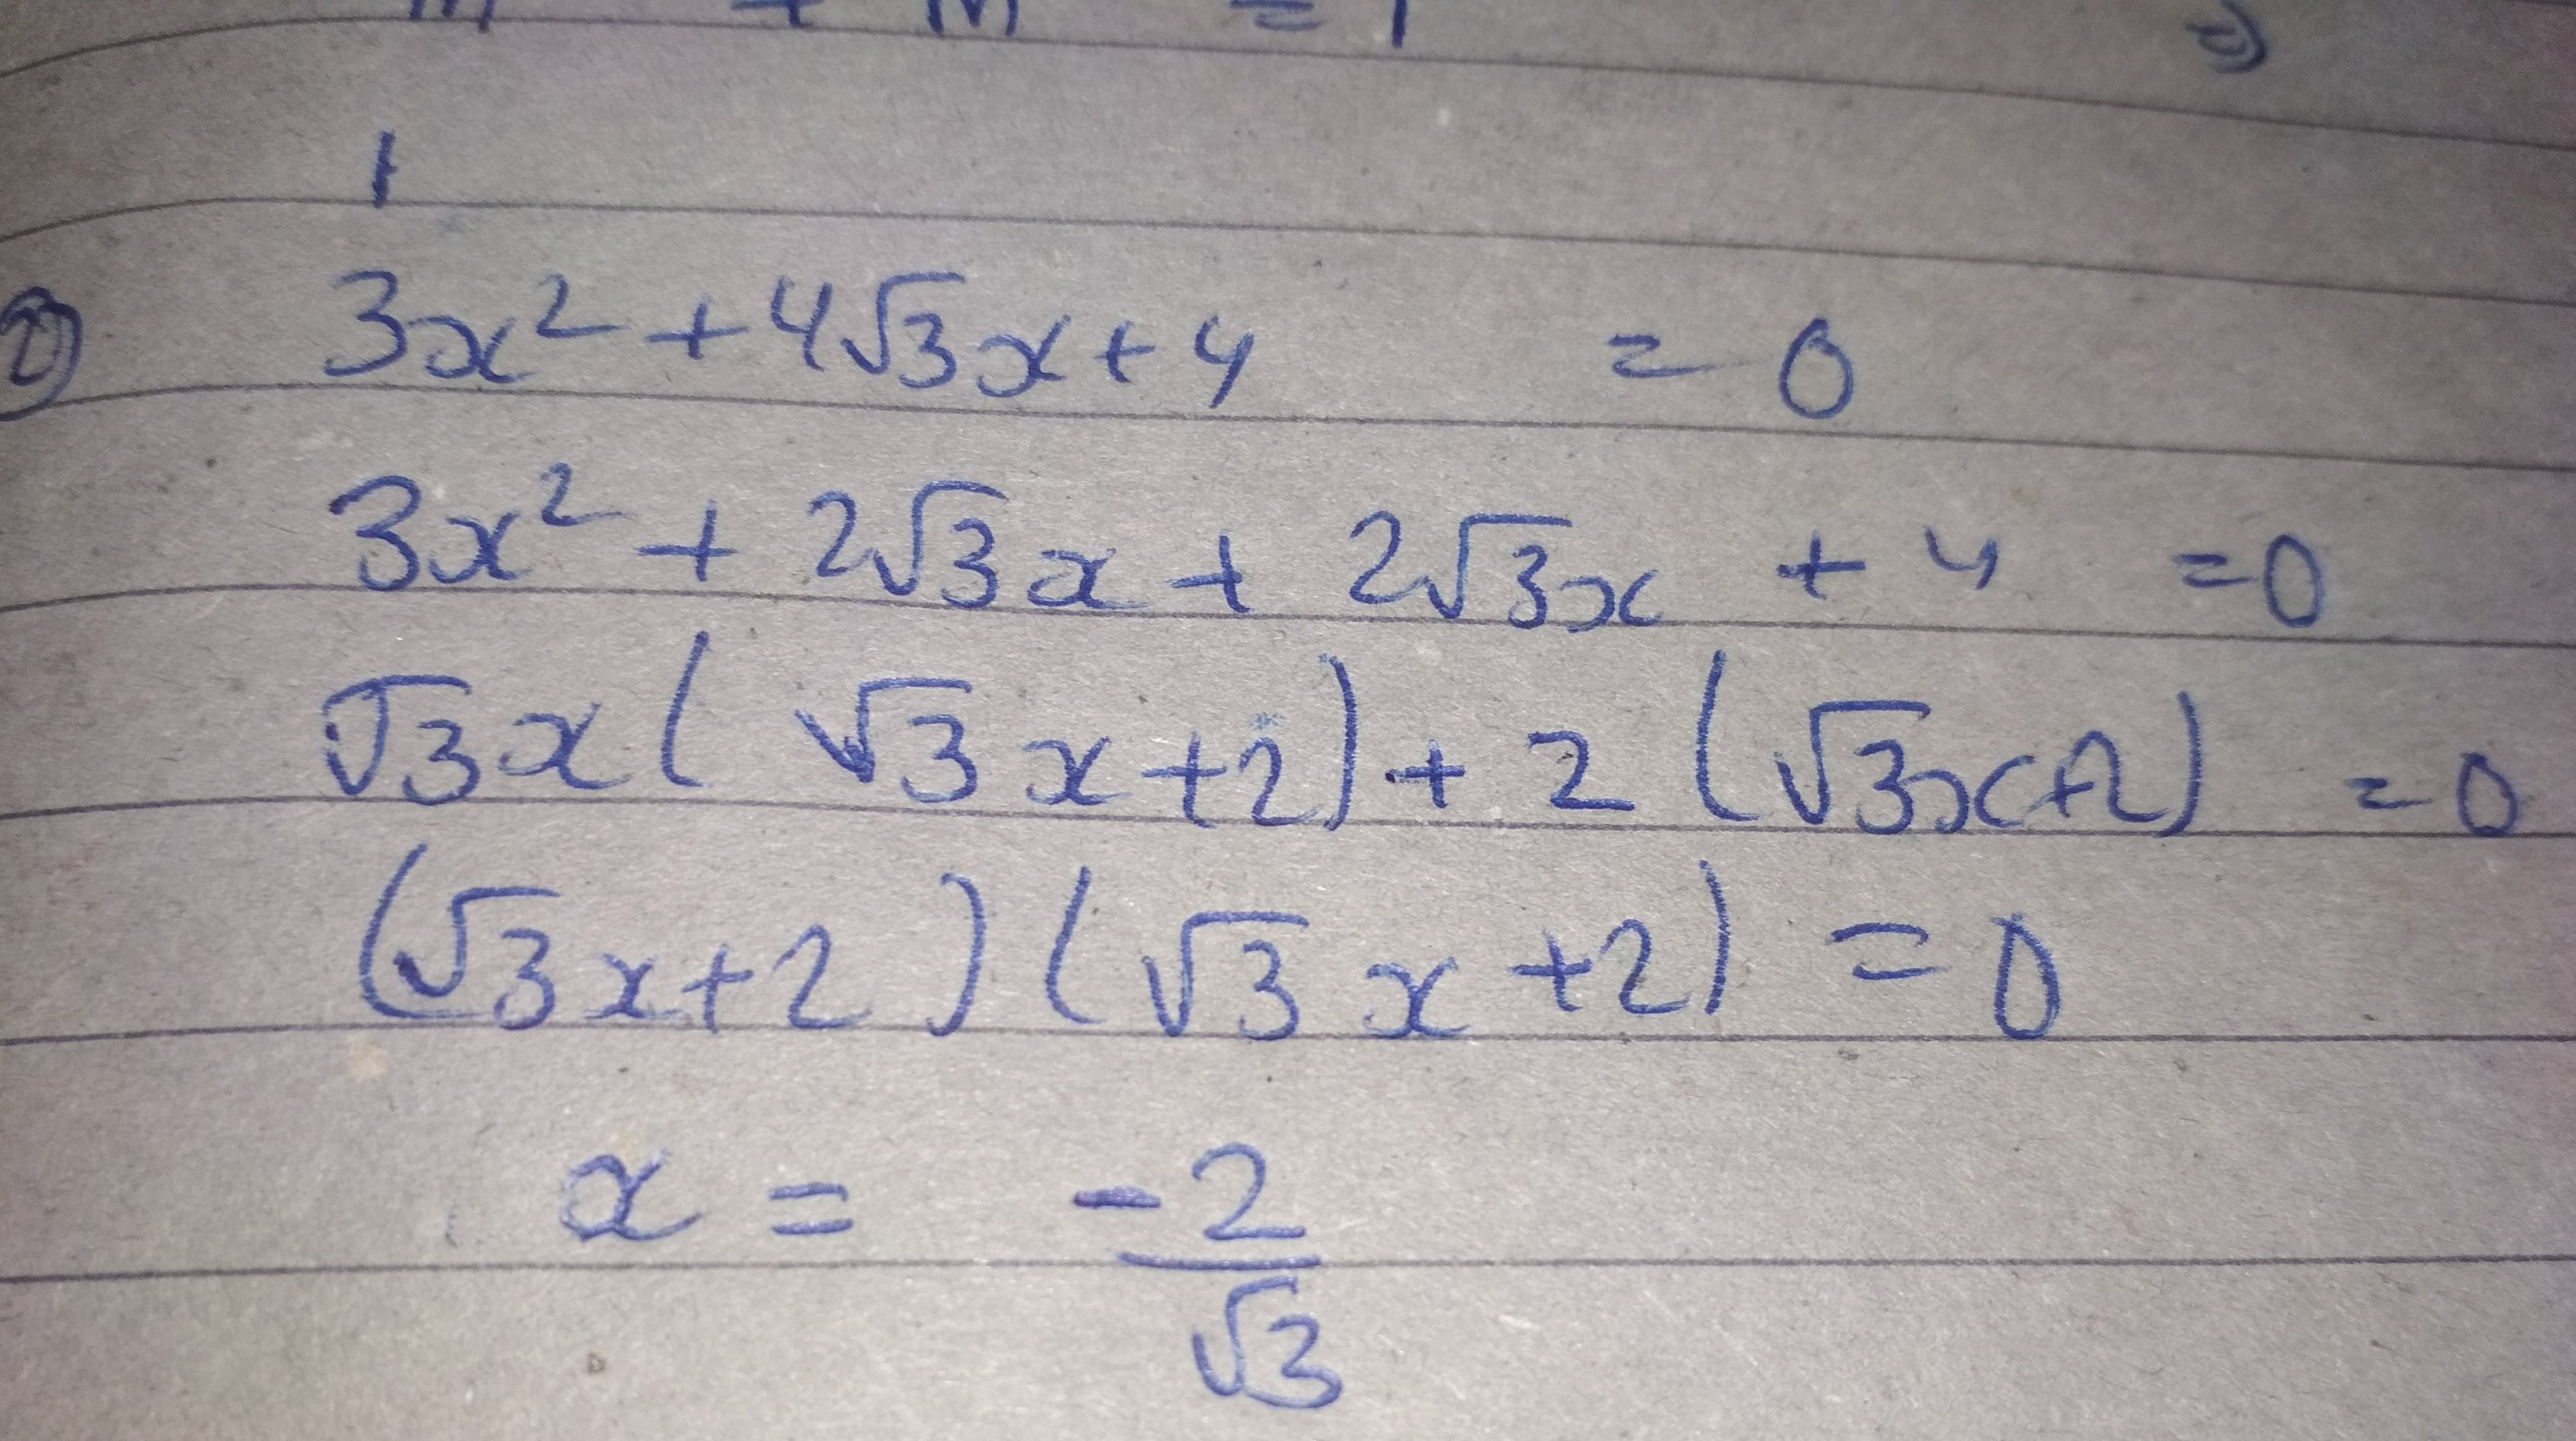
\begin{align*}
&3x^{2}+4\sqrt{3}x + 4=0\\
&3x^{2}+2\sqrt{3}x+2\sqrt{3}x + 4 = 0\\
&\sqrt{3}x(\sqrt{3}x + 2)+2(\sqrt{3}x + 2)=0\\
&(\sqrt{3}x + 2)(\sqrt{3}x + 2)=0\\
&x=-\frac{2}{\sqrt{3}}
\end{align*}